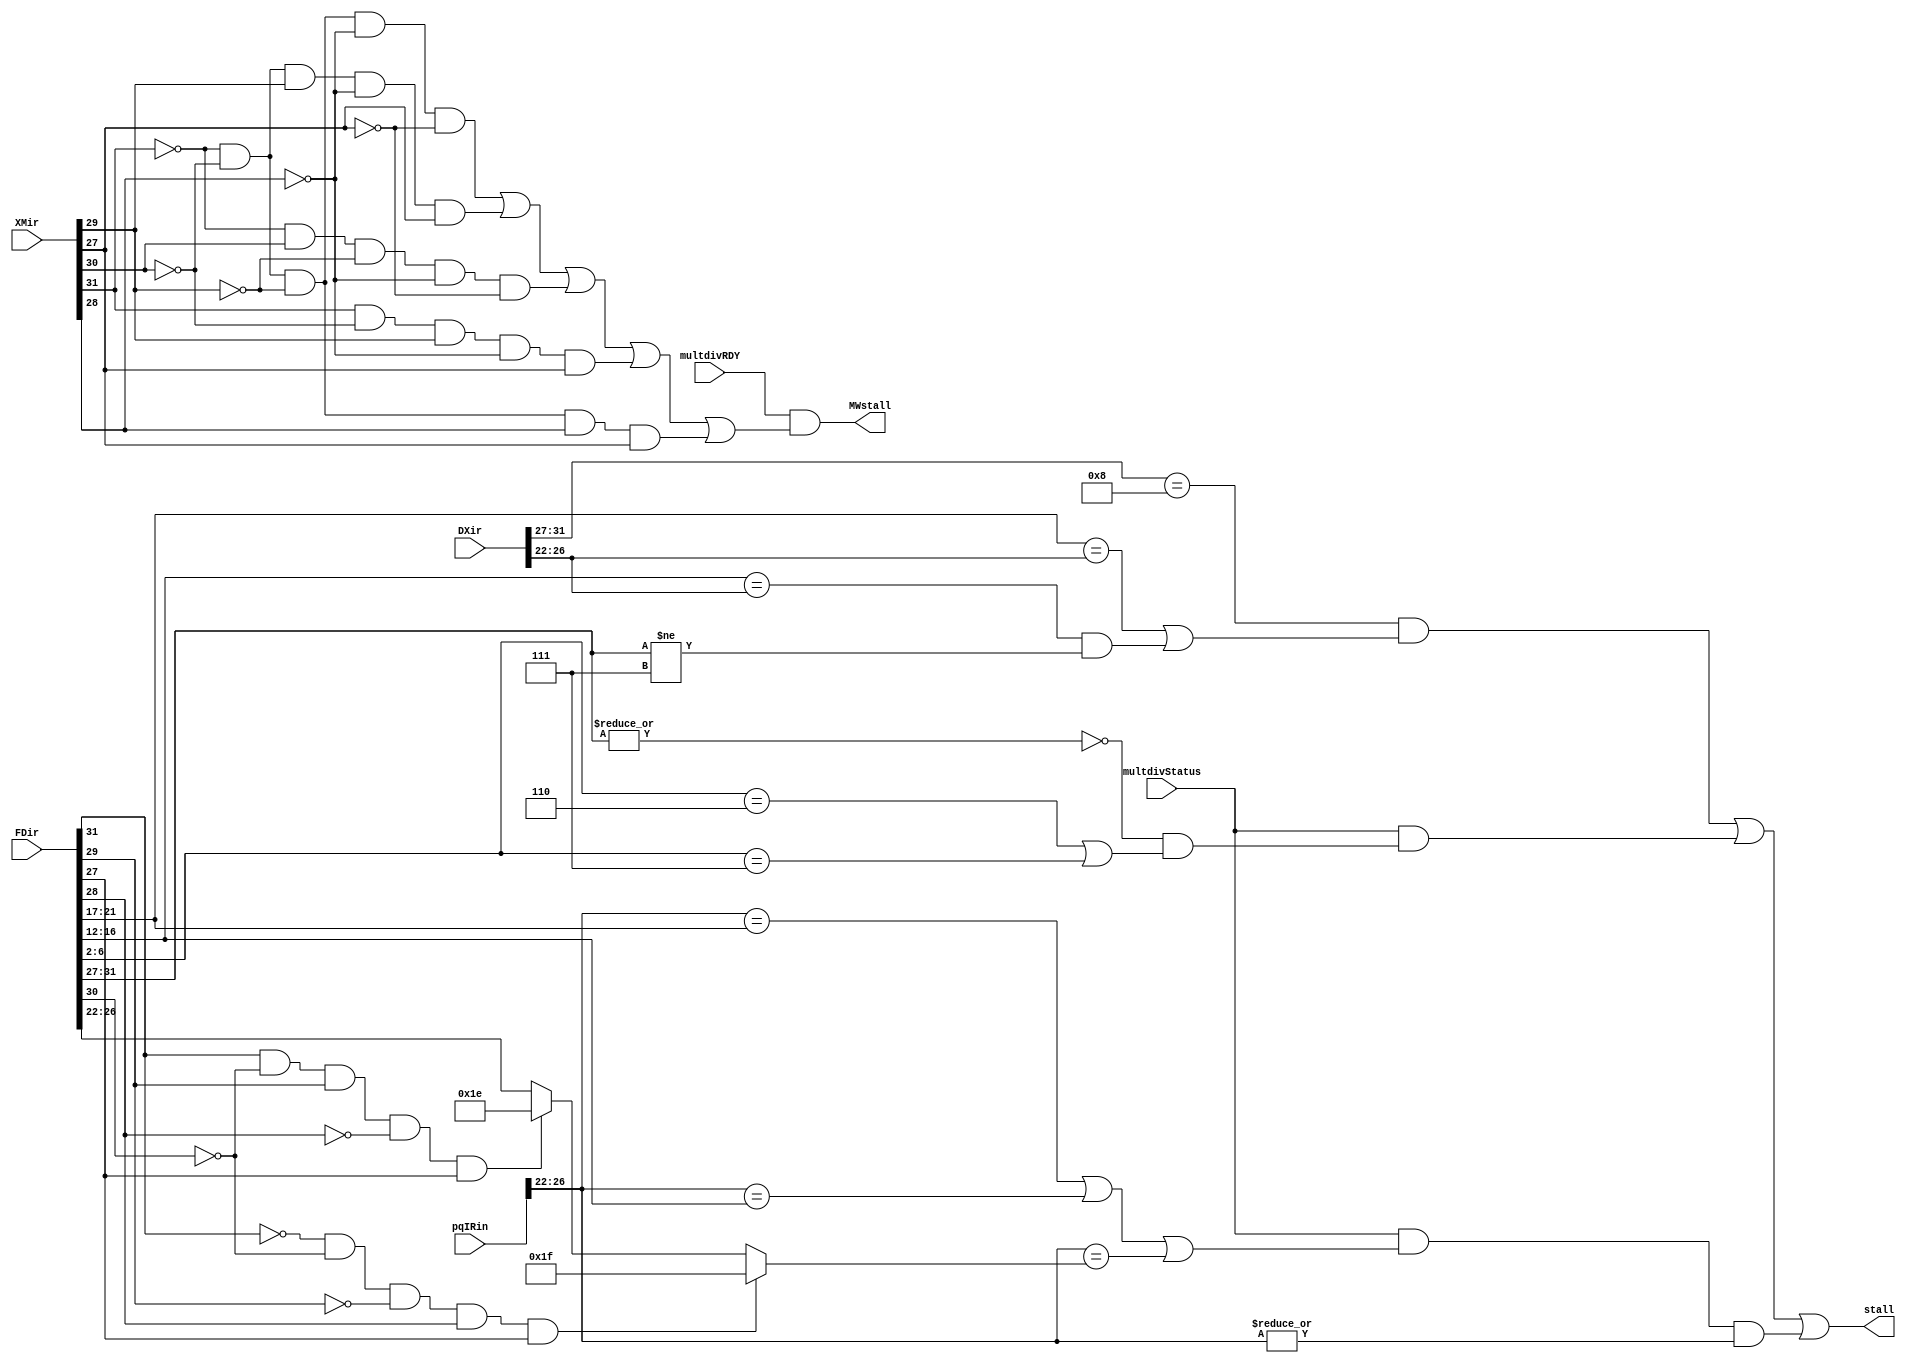
module stallctrl(FDir, DXir, XMir, stall, MWstall, multdivStatus, pqIRin, multdivRDY);
    input [31:0] FDir, DXir, XMir, pqIRin;
    input multdivStatus, multdivRDY;
    output stall, MWstall;
    wire stall1, stall2, stall3, FDwriteen, FDsetx, FDjal, pqIRnotzero, XMwriteen;
    wire[4:0] FDrd1, FDrd2;

    // assign FDwriteen = (~FDir[31] & ~FDir[30] & ~FDir[29] & ~FDir[28] & ~FDir[27]) | (~FDir[31] & ~FDir[30] & FDir[29] & ~FDir[28] & FDir[27])
    //                            | (~FDir[31] & FDir[30] & ~FDir[29] & ~FDir[28] & ~FDir[27]) | (XMir[31] & ~XMir[30] & XMir[29] & ~XMir[28] & XMir[27])
    //                             | (~FDir[31] & ~FDir[30] & ~FDir[29] & FDir[28] & FDir[27]) ;

    assign pqIRnotzero = |pqIRin[26:22];        //don't stall if multdiv is writing to zero

    assign FDsetx = (FDir[31] & ~FDir[30] & FDir[29] & ~FDir[28] & FDir[27]);
    assign FDjal = (~FDir[31] & ~FDir[30] & ~FDir[29] & FDir[28] & FDir[27]);
    assign FDrd1 = FDsetx ? 5'b11110 : FDir[26:22];
    assign FDrd2 = FDjal ? 5'b11111 : FDrd1;

    assign stall1 = (DXir[31:27] == {5'b01000}) &&
                    ((FDir[21:17] == DXir[26:22]) || 
                    ((FDir[16:12] == DXir[26:22]) && (FDir[31:27] != {5'b00111})));
    assign stall2 = multdivStatus & ((~|FDir[31:27]) & ((FDir[6:2] == 5'b00110) || (FDir[6:2] == 5'b00111))); //stall if op is multdiv and there is already another one happening
    assign stall3 = multdivStatus & ((pqIRin[26:22] == FDir[21:17]) || (pqIRin[26:22] == FDir[16:12]) || (pqIRin[26:22] == FDrd2)) & pqIRnotzero;  //stall is op uses the rd of multdiv

    assign stall = stall1 || stall2 || stall3;

    assign XMwriteen = (~XMir[31] & ~XMir[30] & ~XMir[29] & ~XMir[28] & ~XMir[27]) | (~XMir[31] & ~XMir[30] & XMir[29] & ~XMir[28] & XMir[27])
                               | (~XMir[31] & XMir[30] & ~XMir[29] & ~XMir[28] & ~XMir[27]) | (XMir[31] & ~XMir[30] & XMir[29] & ~XMir[28] & XMir[27])
                                | (~XMir[31] & ~XMir[30] & ~XMir[29] & XMir[28] & XMir[27]) ;

    assign MWstall = (multdivRDY & XMwriteen);

endmodule